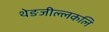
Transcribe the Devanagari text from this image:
थेङजील्लकलि